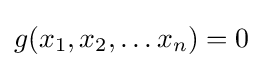
g(x_{1},x_{2},\dots x_{n})=0